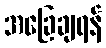
အခြေချရန်